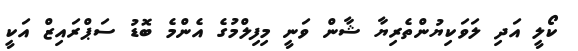
ކޯލީ އަދި ލަވަކިޔުންތެރިޔާ ޝާން ވަނީ މިފިލްމުގެ އެންމެ ބޮޑު ސަޕްރައިޒް އަކީ